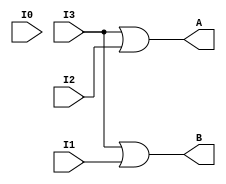
`timescale 1ns / 1ps
//////////////////////////////////////////////////////////////////////////////////
// Company: 
// Engineer: 
// 
// Design Name: 
// Module Name:    Encoder_4_to_2 
// Project Name: 
// Target Devices: 
// Tool versions: 
// Description: 
//
// Dependencies: 
//
// Revision: 
// Revision 0.01 - File Created
// Additional Comments: 
//
//////////////////////////////////////////////////////////////////////////////////
module Encoder_4_to_2(I0,I1,I2,I3,A,B);
	input I0, I1, I2, I3;
	output A, B;
	or
		a0(A,I3,I2),
		a1(B,I3,I1);
endmodule